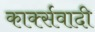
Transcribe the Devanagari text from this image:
कार्क्सवादी